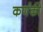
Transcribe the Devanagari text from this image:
कर्णकी